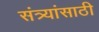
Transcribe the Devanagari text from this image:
संत्र्यांसाठी